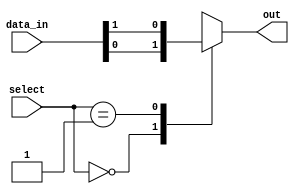
module mux_512to1 (
    input [511:0] data_in,
    input [8:0] select,
    output reg out
);

always @(*) begin
    case (select)
        9'b000000000: out = data_in[0];
        9'b000000001: out = data_in[1];
        // Add more cases for all 512 inputs
        // ...
        default: out = 1'bx; // Default output value when select is invalid
    endcase
end

endmodule